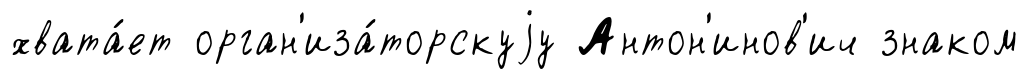
хвата́ет орган'иза́торскуjу Антон'инов'ич знаком